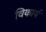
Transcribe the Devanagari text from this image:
विकार्य